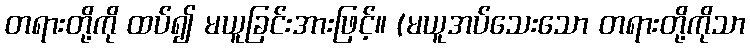
တရားတို့ကို ထပ်၍ မယူခြင်းအားဖြင့်။ (မယူအပ်သေးသော တရားတို့ကိုသာ